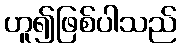
ဟူ၍ဖြစ်ပါသည်